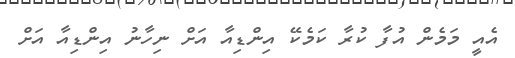
އެއީ މަމެން އުފާ ކުރާ ކަމެކޭ އިންޑިއާ އަށް ނިހާނު އިންޑިއާ އަށް